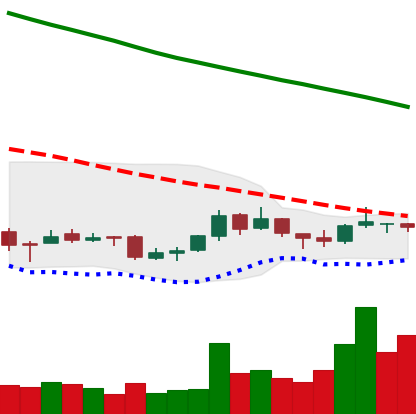
Ticker: NEO-USD
Chart end date: 2018-09-30
Forward return: -3.952%
Label: down_3_5